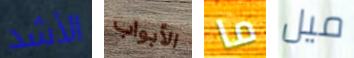
الأشد الأبواب ما ميل